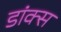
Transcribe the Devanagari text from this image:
डांक्स